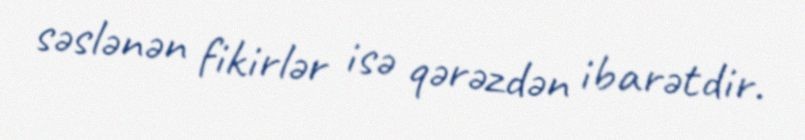
səslənən fikirlər isə qərəzdən ibarətdir.